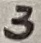
Text: 3